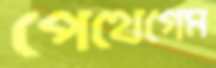
পেথেগেম